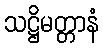
သဋ္ဌိမတ္တာနံ